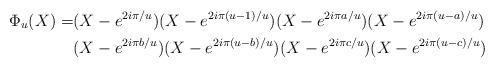
LaTeX: \begin{align*}\Phi_u(X) = &(X-e^{2i\pi /u})(X-e^{2i\pi (u-1)/u})(X-e^{2i\pi a/u})(X-e^{2i\pi (u-a)/u})\\&(X-e^{2i\pi b/u})(X-e^{2i\pi (u-b)/u})(X-e^{2i\pi c/u})(X-e^{2i\pi (u-c)/u})\end{align*}